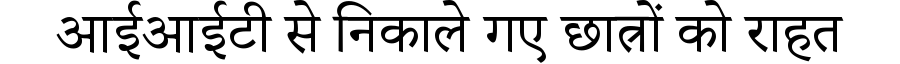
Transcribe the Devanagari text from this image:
आईआईटी से निकाले गए छात्रों को राहत